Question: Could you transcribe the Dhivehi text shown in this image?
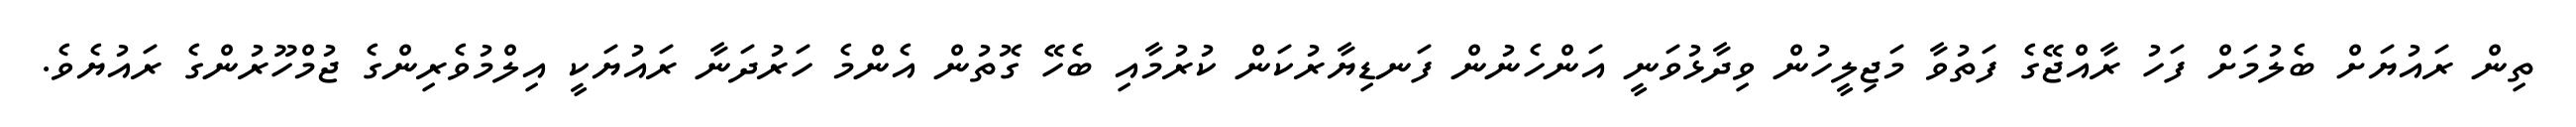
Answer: ތިން ރައުޔަށް ބެލުމަށް ފަހު ރާއްޖޭގެ ފަތުވާ މަޖިލީހުން ވިދާޅުވަނީ އަންހެނުން ފަނޑިޔާރުކަން ކުރުމާއި ބެހޭ ގޮތުން އެންމެ ހަރުދަނާ ރައުޔަކީ އިލްމުވެރިންގެ ޖުމްހޫރުންގެ ރައުޔެވެ.